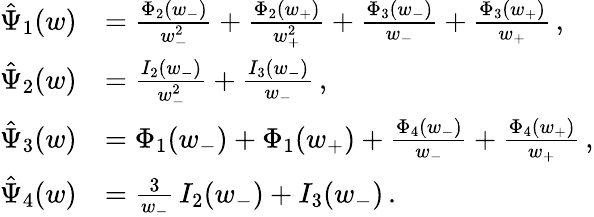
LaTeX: \begin{array}{rl}{\hat{\Psi}_{1}(w)}&{=\frac{\Phi_{2}(w_{-})}{w_{-}^{2}}+\frac{\Phi_{2}(w_{+})}{w_{+}^{2}}+\frac{\Phi_{3}(w_{-})}{w_{-}}+\frac{\Phi_{3}(w_{+})}{w_{+}}\, ,}\\ {\hat{\Psi}_{2}(w)}&{=\frac{I_{2}(w_{-})}{w_{-}^{2}}+\frac{I_{3}(w_{-})}{w_{-}}\, ,}\\ {\hat{\Psi}_{3}(w)}&{=\Phi_{1}(w_{-})+\Phi_{1}(w_{+})+\frac{\Phi_{4}(w_{-})}{w_{-}}+\frac{\Phi_{4}(w_{+})}{w_{+}}\, ,}\\ {\hat{\Psi}_{4}(w)}&{=\frac{3}{w_{-}}\, I_{2}(w_{-})+I_{3}(w_{-})\, .}\end{array}